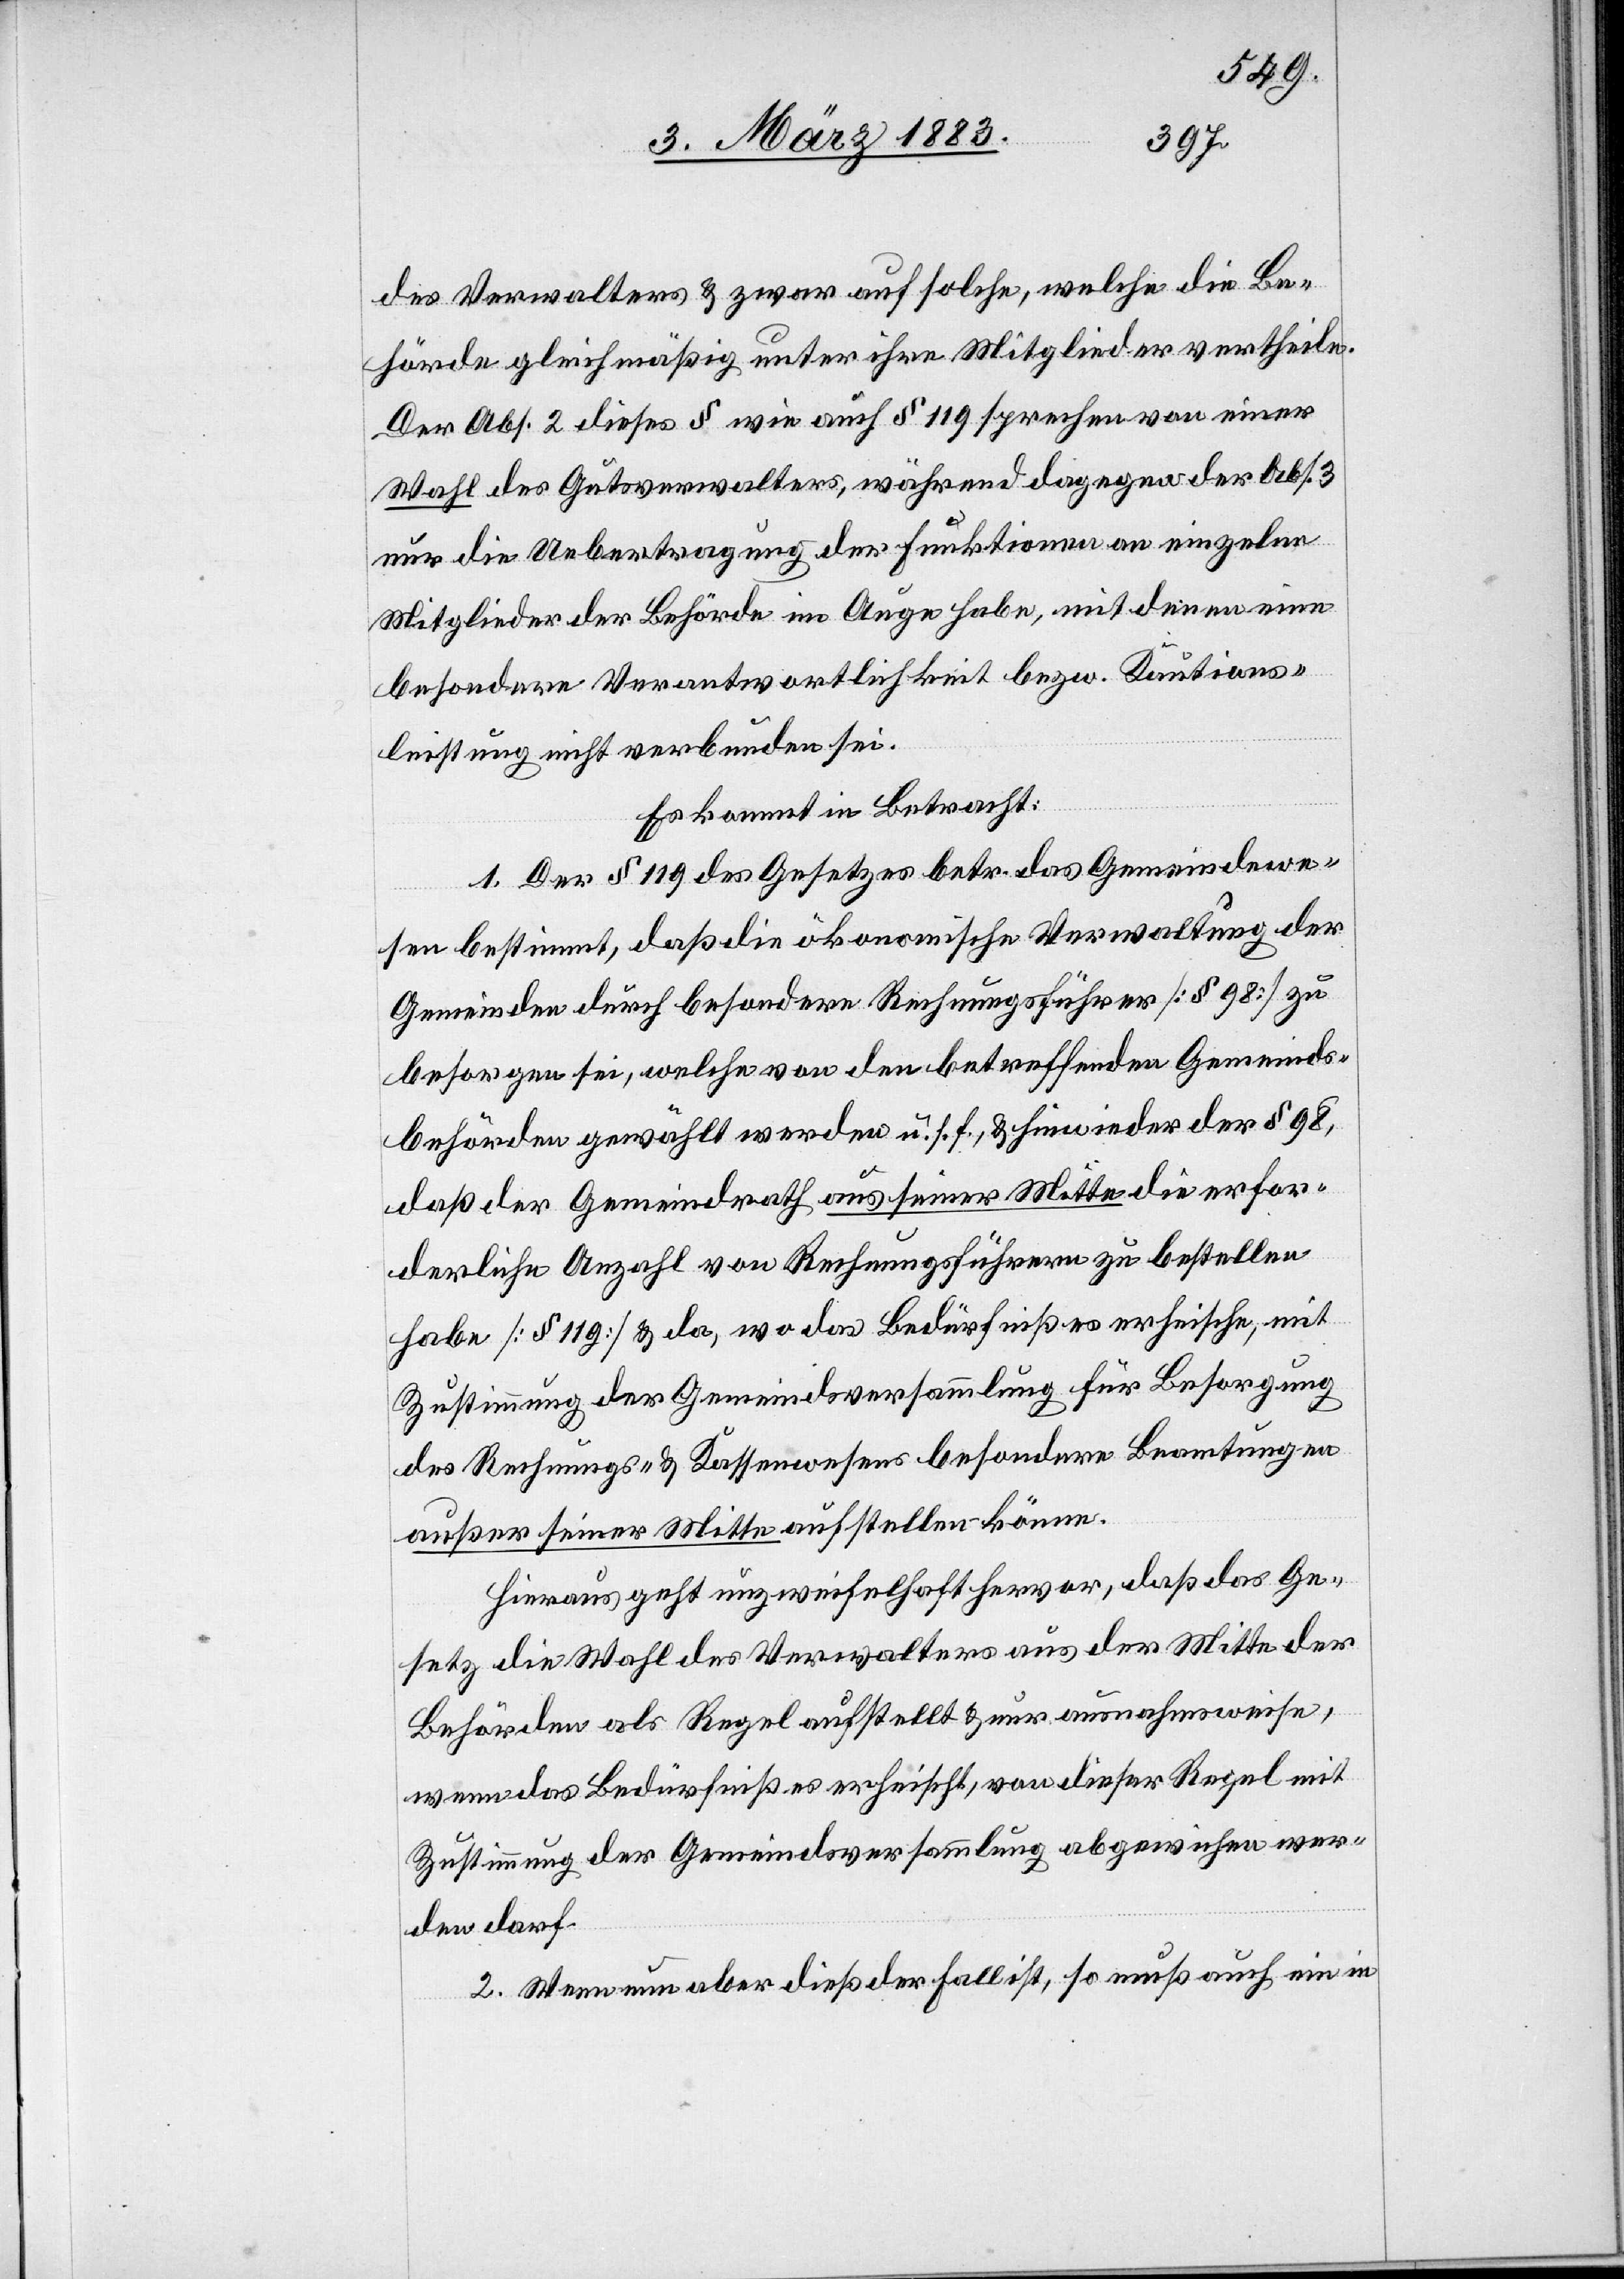
des Verwalters & zwar auf solche, welche die Be¬
hörde gleichmäßig unter ihre Mitglieder vertheile.
Der Abs. 2 dieses § wie auch § 119 sprechen von einer
Wahl des Gutsverwalters, während dagegen der Abs. 3
nur die Uebertragung der Funktionen an einzelne
Mitglieder der Behörde im Auge habe, mit denen eine
besondere Verantwortlichkeit bezw. Kautions¬
leistung nicht verbunden sei.
Es kommt in Betracht:
1. Der § 119 des Gesetzes betr. das Gemeindewe¬
sen bestimmt, daß die ökonomische Verwaltung der
Gemeinden durch besondere Rechnungsführer [§ 98] zu
besorgen sei, welche von den betreffenden Gemeinds¬
behörden gewählt werden u. s. f., & hinwieder der § 98,
daß der Gemeindrath aus seiner Mitte die erfor¬
derliche Anzahl von Rechnungsführern zu bestellen
habe [§ 119] & da, wo das Bedürfniß es erheische, mit
Zustimmung der Gemeindsversammlung für Besorgung
des Rechnungs- & Kassenwesens besondere Beamtungen
außer seiner Mitte aufstellen könne.
Hieraus geht unzweifelhaft hervor, daß das Ge¬
setz die Wahl des Verwalters aus der Mitte der
Behörden als Regel aufstellt & nur ausnahmsweise,
wenn das Bedürfniß es erheischt, von dieser Regel mit
Zustimmung der Gemeindsversammlung abgewichen wer¬
den darf.
2. Wenn nun aber dieß der Fall ist, so muß auch ein in